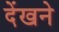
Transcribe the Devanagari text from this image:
देंखने